Indian journal of veterinary science and animal husbandry - Volume 8,
Year: 1938
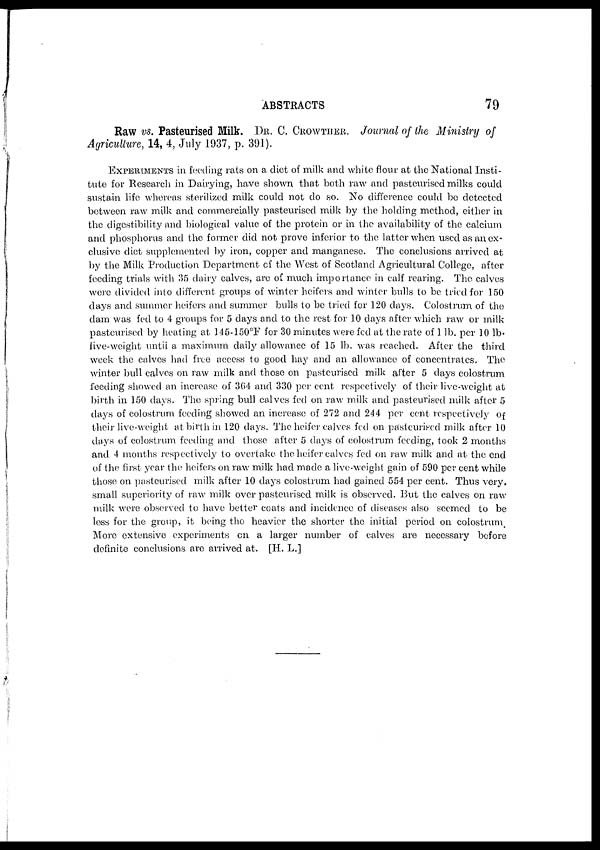
ABSTRACTS
79
Raw vs. Pasteurised Milk. DR. C. CROWTHER. Journal of the Ministry of
Agriculture, 14, 4, July 1937, p. 391).
EXPERIMENTS in feeding rats on a diet of milk and white flour at the National Insti-
tute for Research in Dairying, have shown that both raw and pasteurised milks could
sustain life whereas sterilized milk could not do so. No difference could be detected
between raw milk and commercially pasteurised milk by the holding method, either in
the digestibility and biological value of the protein or in the availability of the calcium
and phosphorus and the former did not prove inferior to the latter when used as an ex-
clusive diet supplemented by iron, copper and. manganese. The conclusions arrived at
by the Milk Production Department of the West of Scotland Agricultural College, after
feeding trials with 35 dairy calves, are of much importance in calf rearing. The calves
were divided into different groups of winter heifers and winter bulls to be tried for 150
days and summer heifers and summer bulls to be tried for 120 days. Colostrum of the
dam was fed to 4 groups for 5 days and to the rest for 10 days after which raw or milk
pasteurised by heating at 145-150°F for 30 minutes were fed at the rate of 1 lb. per 10 lb.
live-weight until a maximum daily allowance of 15 lb. was reached. After the third
week the calves had free access to good hay and an allowance of concentrates. The
winter bull calves on raw milk and those on pasteurised milk after 5 days colostrum
feeding showed an increase of 364 and 330 per cent respectively of their live-weight at
birth in 150 days. The spring bull calves fed on raw milk and pasteurised milk after 5
days of colostrum feeding showed an increase of 272 and 244 per cent respectively of
their live-weight at birth in 120 days. The heifer calves fed on pasteurised milk after 10
days of colostrum feeding and those after 5 days of colostrum feeding, took 2 months
and 4 months respectively to overtake the heifer calves fed on raw milk and at the end
of the first year the heifers on raw milk had made a live-weight gain of 590 per cent while
those on pasteurised milk after 10 days colostrum had gained 554 per cent. Thus very,
small superiority of raw milk over pasteurised milk is observed. But the calves on raw
milk were observed to have better coats and incidence of diseases also seemed to be
less for the group, it being the heavier the shorter the initial period on colostrum.
More extensive experiments on a larger number of calves are necessary before
definite conclusions are arrived at. [H. L.]